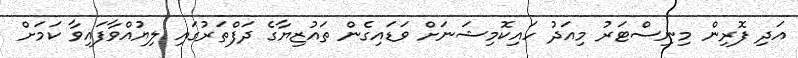
އަދި ފޮރިން މިނިސްޓަރު މިއަދު ހައިކޮމިޝަނަށް ވަޑައިގެން ތައުޒިޔާގެ ދަފްތަރުގައި ލިޔުއްވާފައިވާ ކަމަށް